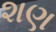
શણ